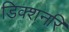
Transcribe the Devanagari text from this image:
डिक्शनरि